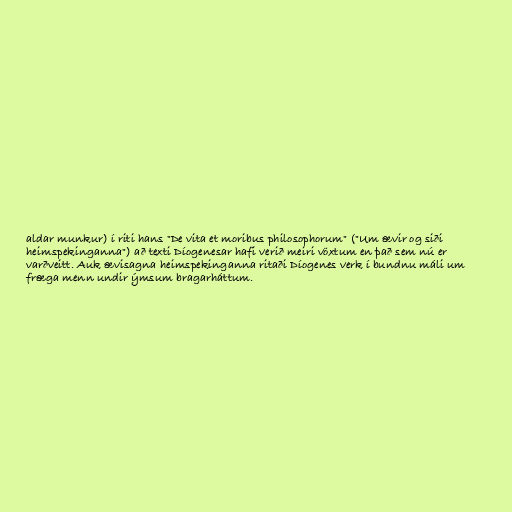
aldar munkur) í riti hans "De vita et moribus philosophorum" ("Um ævir og siði
heimspekinganna") að texti Díogenesar hafi verið meiri vöxtum en það sem nú er
varðveitt. Auk ævisagna heimspekinganna ritaði Díogenes verk í bundnu máli um
fræga menn undir ýmsum bragarháttum.